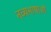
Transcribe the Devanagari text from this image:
नव्यभाषाओं